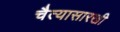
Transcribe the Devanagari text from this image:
चैत्यासारखी